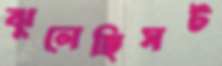
ঝুলেছিসট